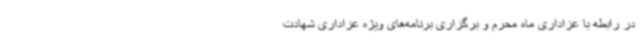
در رابطه با عزاداری ماه محرم و برگزاری برنامه‌های ویژه عزاداری شهادت